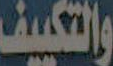
والتكييف